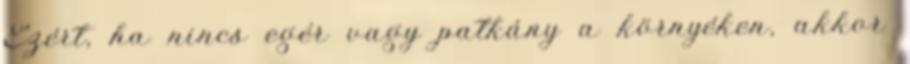
Ezért, ha nincs egér vagy patkány a környéken, akkor